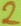
Text: 2